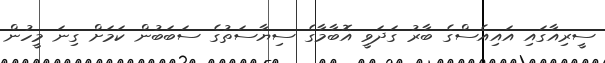
ސީރިއާގައި އައިއެސްގެ ބާރު ގަދަވީ އޮބާމާގެ ސިޔާސަތުގެ ސަބަބުން ކަމަށް ގިނަ މީހުން